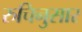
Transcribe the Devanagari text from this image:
रुचिनुसार